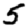
Digit: 5